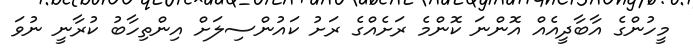
މީހުންގެ އާބާދީއެއް އޮންނަ ކޮންމެ ރަށެއްގެ ރަށު ކައުންސިލަށް އިންތިހާބު ކުރާނީ ނުވަ